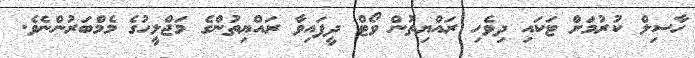
ހާސިލް ކުރުމަށް ޓަކައި ދިވެހި ރައްޔިތުން ވޯޓް ދީފައިވާ ރައްޔިތުންގެ މަޖްލީހުގެ މެމްބަރުންނެވެ.